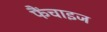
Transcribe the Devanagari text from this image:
फैंचाइज